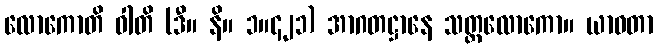
လောကောတိ ဝါတိ (ဒီ။ နိ။ ၁။၄၂၁) အာဂတဋ္ဌာနေ သတ္တလောကော။ ယာဝတာ